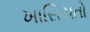
ખાસિયતો